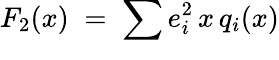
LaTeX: F_{2}(x)\; =\; \sum_{}{}e_{i}^{2}\, x\, q_{i}(x)